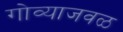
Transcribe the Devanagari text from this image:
गोव्याजवळ